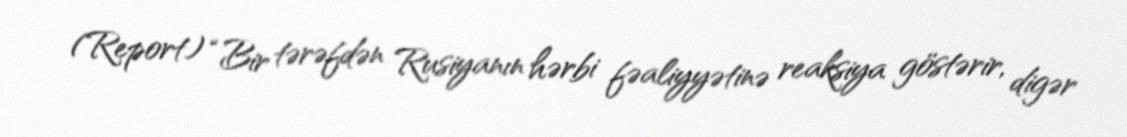
(Report) “Bir tərəfdən Rusiyanın hərbi fəaliyyətinə reaksiya göstərir, digər